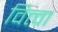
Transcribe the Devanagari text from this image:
वित्त्वा